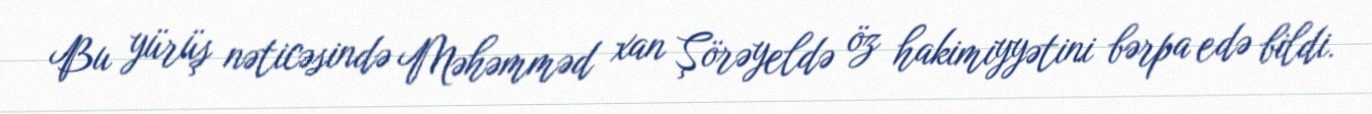
Bu yürüş nəticəsində Məhəmməd xan Şörəyeldə öz hakimiyyətini bərpa edə bildi.